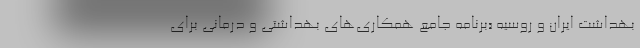
بهداشت ایران و روسیه «برنامه جامع همکاری‌های بهداشتی و درمانی برای